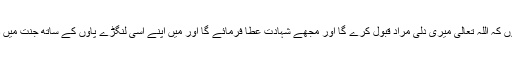
میں امید رکھتا ہوں کہ اللہ تعالیٰ میری دلی مراد قبول کرے گا اور مجھے شہادت عطا فرمائے گا اور میں اپنے اسی لنگڑے پاؤں کے ساتھ جنت میں داخل ہو جاؤں گا۔